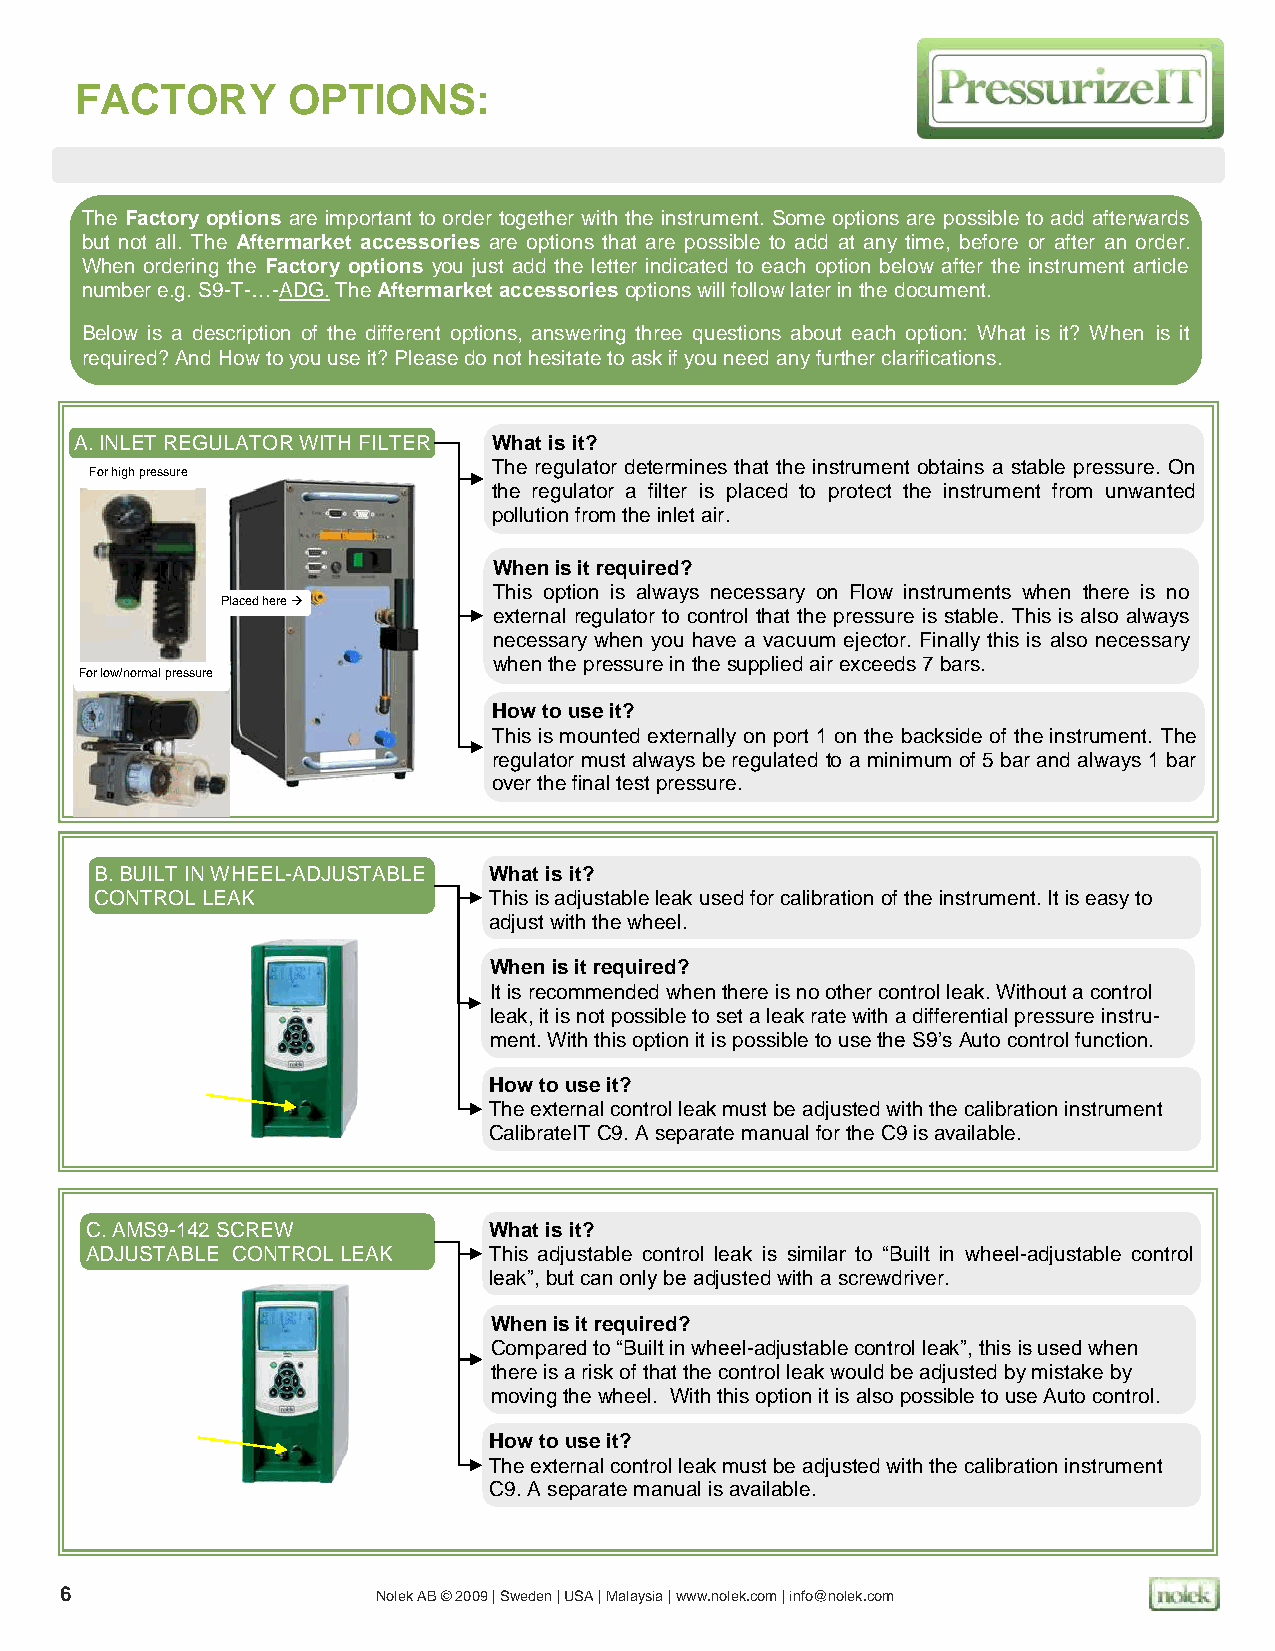
FACTORY       OPTIONS:
 The Factory options are important to order together with the instrument. Some options are possible to add afterwards
 but not all. The Aftermarket accessories are options that are possible to add at any time, before or after an order.
 When ordering the Factory options you just add the letter indicated to each option below after the instrument article
 number e.g. S9-T-…-ADG. The Aftermarket accessories options will follow later in the document.
 Below is a description of the different options, answering three questions about each option: What is it? When is it
 required? And How to you use it? Please do not hesitate to ask if you need any further clarifications.
 A. INLET REGULATOR WITH FILTER What is it?
 For high pressure
 The regulator determines that the instrument obtains a stable pressure. On
 the regulator a filter is placed to protect the instrument from unwanted
 pollution from the inlet air.
 When is it required?
 This option is always necessary on Flow instruments when there is no
 Placed here 
 external regulator to control that the pressure is stable. This is also always
 necessary when you have a vacuum ejector. Finally this is also necessary
 when the pressure in the supplied air exceeds 7 bars.
 For low/normal pressure
 How to use it?
 This is mounted externally on port 1 on the backside of the instrument. The
 regulator must always be regulated to a minimum of 5 bar and always 1 bar
 over the final test pressure.
 B. BUILT IN WHEEL-ADJUSTABLE What is it?
 CONTROL LEAK              This is adjustable leak used for calibration of the instrument. It is easy to
 adjust with the wheel.
 When is it required?
 It is recommended when there is no other control leak. Without a control
 leak, it is not possible to set a leak rate with a differential pressure instru-
 ment. With this option it is possible to use the S9’s Auto control function.
 How to use it?
 The external control leak must be adjusted with the calibration instrument
 CalibrateIT C9. A separate manual for the C9 is available.
 C. AMS9-142 SCREW         What is it?
 ADJUSTABLE CONTROL LEAK   This adjustable control leak is similar to “Built in wheel-adjustable control
 leak”, but can only be adjusted with a screwdriver.
 When is it required?
 Compared to “Built in wheel-adjustable control leak”, this is used when
 there is a risk of that the control leak would be adjusted by mistake by
 moving the wheel. With this option it is also possible to use Auto control.
 How to use it?
 The external control leak must be adjusted with the calibration instrument
 C9. A separate manual is available.
 6                    Nolek AB © 2009 | Sweden | USA | Malaysia | www.nolek.com | info@nolek.com